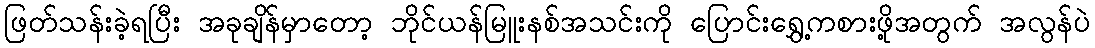
ဖြတ်သန်းခဲ့ရပြီး အခုချိန်မှာတော့ ဘိုင်ယန်မြူးနစ်အသင်းကို ပြောင်းရွှေ့ကစားဖို့အတွက် အလွန်ပဲ